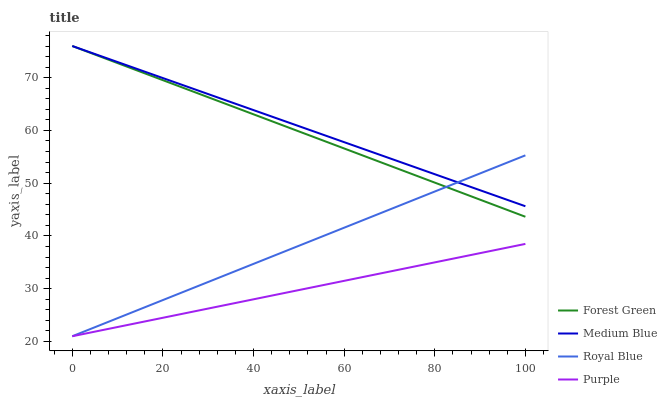
| xaxis_label | Forest Green | Medium Blue | Royal Blue | Purple |
 | --- | --- | --- | --- | --- |
 | 0 | 76 | 76 | 21 | 21 |
 | 8.33 | 73.3 | 73.5 | 23.9 | 22.5 |
 | 16.7 | 70.6 | 70.9 | 26.7 | 23.9 |
 | 25 | 67.9 | 68.4 | 29.6 | 25.4 |
 | 33.3 | 65.2 | 65.9 | 32.4 | 26.8 |
 | 41.7 | 62.5 | 63.3 | 35.3 | 28.3 |
 | 50 | 59.8 | 60.8 | 38.1 | 29.7 |
 | 58.3 | 57.1 | 58.3 | 41 | 31.2 |
 | 66.7 | 54.4 | 55.8 | 43.9 | 32.7 |
 | 75 | 51.7 | 53.2 | 46.7 | 34.1 |
 | 83.3 | 49 | 50.7 | 49.6 | 35.6 |
 | 91.7 | 46.3 | 48.2 | 52.4 | 37 |
 | 100 | 43.6 | 45.6 | 55.3 | 38.5 |